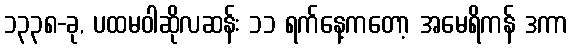
၁၃၃၈-ခု, ပထမဝါဆိုလဆန်း ၁၁ ရက်နေ့ကတော့ အမေရိကန် ဒကာ